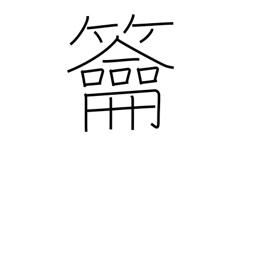
Meaning: three-holed flute